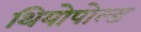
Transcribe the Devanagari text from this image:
थियोपोल्ड